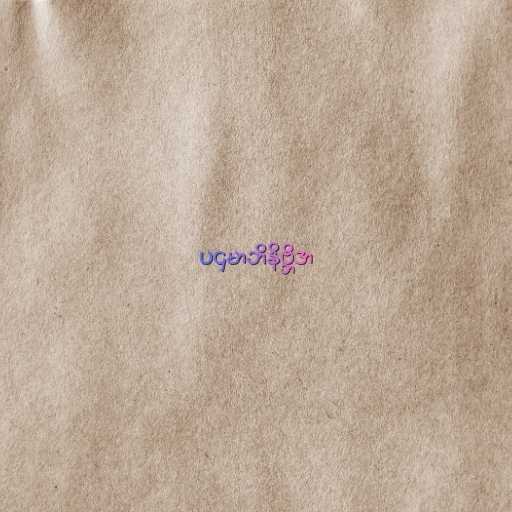
ပဌမာဘိနိဗ္ဘိဒာ